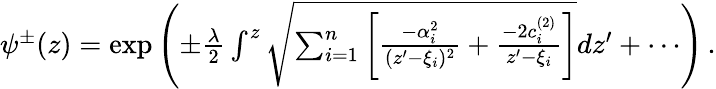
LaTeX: \begin{array}{r}{\psi^{\pm}(z)=\exp\left(\pm{\frac{\lambda}{2}}\int^{z}\sqrt{\sum_{i=1}^{n}\left[{\frac{-\alpha_{i}^{2}}{(z^{\prime}-\xi_{i})^{2}}}+{\frac{-2c_{i}^{(2)}}{z^{\prime}-\xi_{i}}}\right]}dz^{\prime}+\cdots\right)\, .}\end{array}